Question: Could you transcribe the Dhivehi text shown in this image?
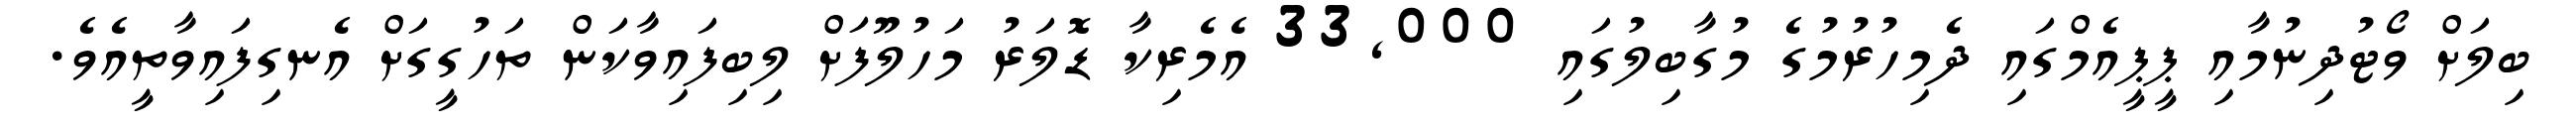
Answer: ބިލަށް ވޯޓުދިނުމާއި ޕީޕީއެމްގައި ދެމިހުރުމުގެ މުގާބިލުގައި 33,000 އެމެރިކާ ޑޮލަރު މަހުލޫފަށް ލިބިފައިވާކަން ތަހުގީގަށް އެނގިފައިވާތީއެވެ.